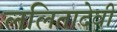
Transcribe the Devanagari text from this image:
ललितादेवी